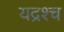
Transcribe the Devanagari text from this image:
यद्रश्च